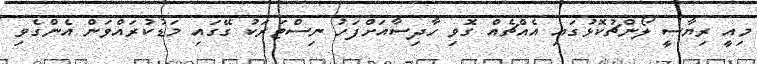
މިއީ ރިޔާސީ ލޯންޗުކޮޅުގައި އެއްޗެއް ގޮވި ހާދިސާއަށްފަހު ނިސްޓަރަކު ގޭގައި މަޑުކުރައްވަން އެންގެވި